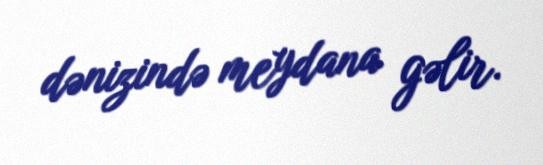
dənizində meydana gəlir.